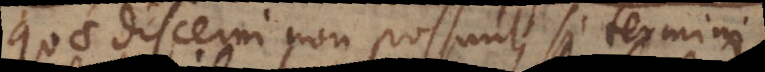
quae discerni non possunt, si termini